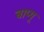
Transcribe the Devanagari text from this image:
बाप्पू